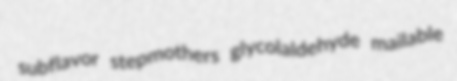
subflavor stepmothers glycolaldehyde mailable